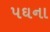
પઘના